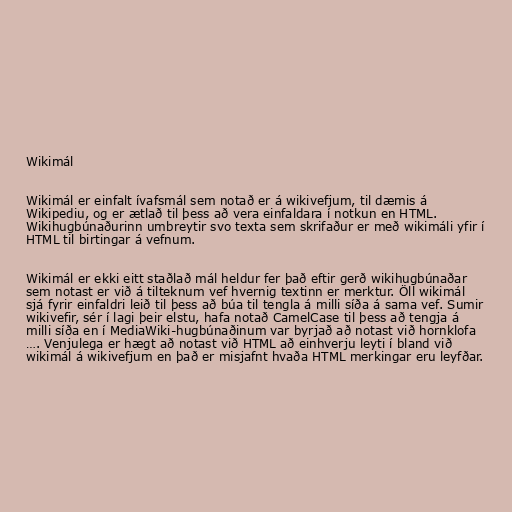
Wikimál

Wikimál er einfalt ívafsmál sem notað er á wikivefjum, til dæmis á
Wikipediu, og er ætlað til þess að vera einfaldara í notkun en HTML.
Wikihugbúnaðurinn umbreytir svo texta sem skrifaður er með wikimáli yfir í
HTML til birtingar á vefnum.

Wikimál er ekki eitt staðlað mál heldur fer það eftir gerð wikihugbúnaðar
sem notast er við á tilteknum vef hvernig textinn er merktur. Öll wikimál
sjá fyrir einfaldri leið til þess að búa til tengla á milli síða á sama vef. Sumir
wikivefir, sér í lagi þeir elstu, hafa notað CamelCase til þess að tengja á
milli síða en í MediaWiki-hugbúnaðinum var byrjað að notast við hornklofa
…. Venjulega er hægt að notast við HTML að einhverju leyti í bland við
wikimál á wikivefjum en það er misjafnt hvaða HTML merkingar eru leyfðar.